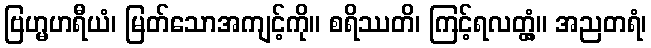
ဗြဟ္မဟရီယံ၊ မြတ်သောအကျင့်ကို။ စရိဿတိ၊ ကြင့်ရလတ္တံ့။ အညတရံ၊